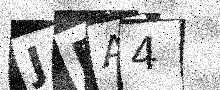
Text: JBA4